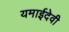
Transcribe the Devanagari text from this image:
यमाईदेवी